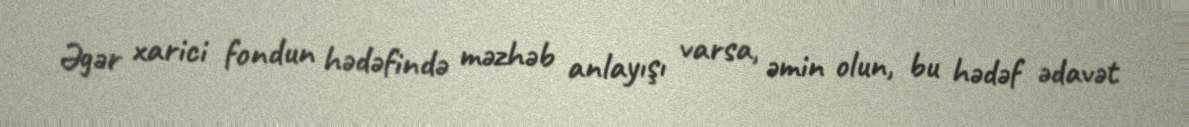
Əgər xarici fondun hədəfində məzhəb anlayışı varsa, əmin olun, bu hədəf ədavət